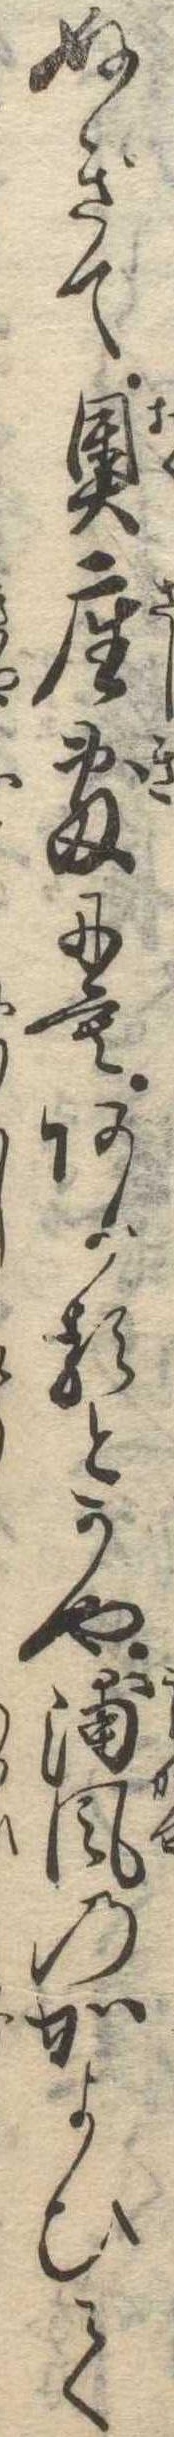
ぬぎて奥座敷にもあがるとかや浦風のかよひて